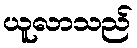
ယူလာသည်